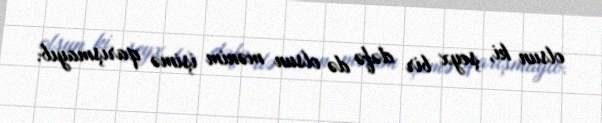
olsun ki, şeyx bir dəfə də olsun mənim işimə qarışmayıb.